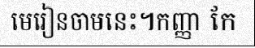
មេរៀនចាមនេះ។កញ្ញា កែ